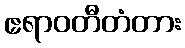
ဧရာဝတီတံတား